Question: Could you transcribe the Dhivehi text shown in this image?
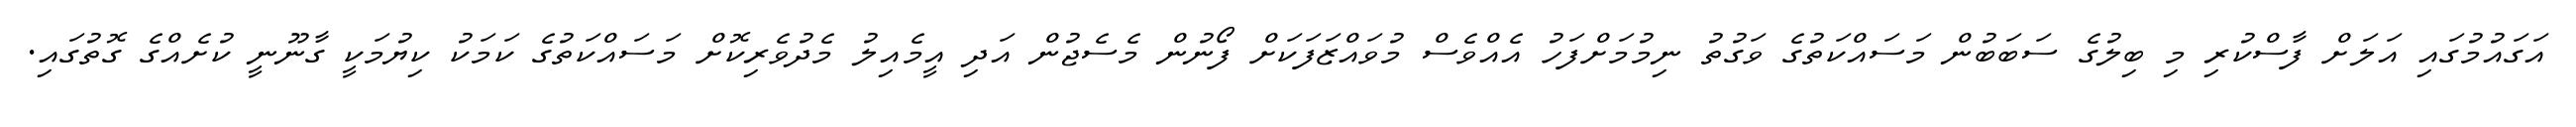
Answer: އަގައުމުގައި އަލަށް ފާސްކުރި މި ބިލުގެ ސަބަބުން މަސައްކަތުގެ ވަގުތު ނިމުމަށްފަހު އެއްވެސް މުވައްޒަފަކަށް ފޯނުން މެސެޖުން އަދި އީމެއިލު މެދުވެރިކޮށް މަސައްކަތުގެ ކަމަކު ކިޔުމަކީ ގާނޫނީ ކުށެއްގެ ގޮތުގައި.